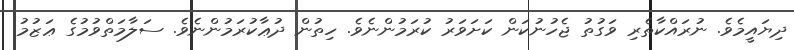
ދިޔައީމެވެ. ނުރައްކާތެރި ވަގުތު ޖެހުނުކަން ކަށަވަރު ކުރަމުންނެވެ. ހިތުން ދުޢާކުރަމުންނެވެ. ސަލާމަތްވުމުގެ ޢަޒުމު